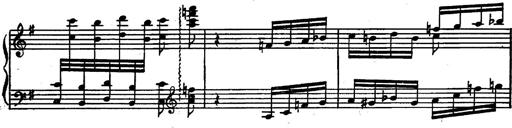
Title: Magyar rapszÃ³diÃ¡k
Composer: Franz Liszt